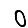
Digit: 0